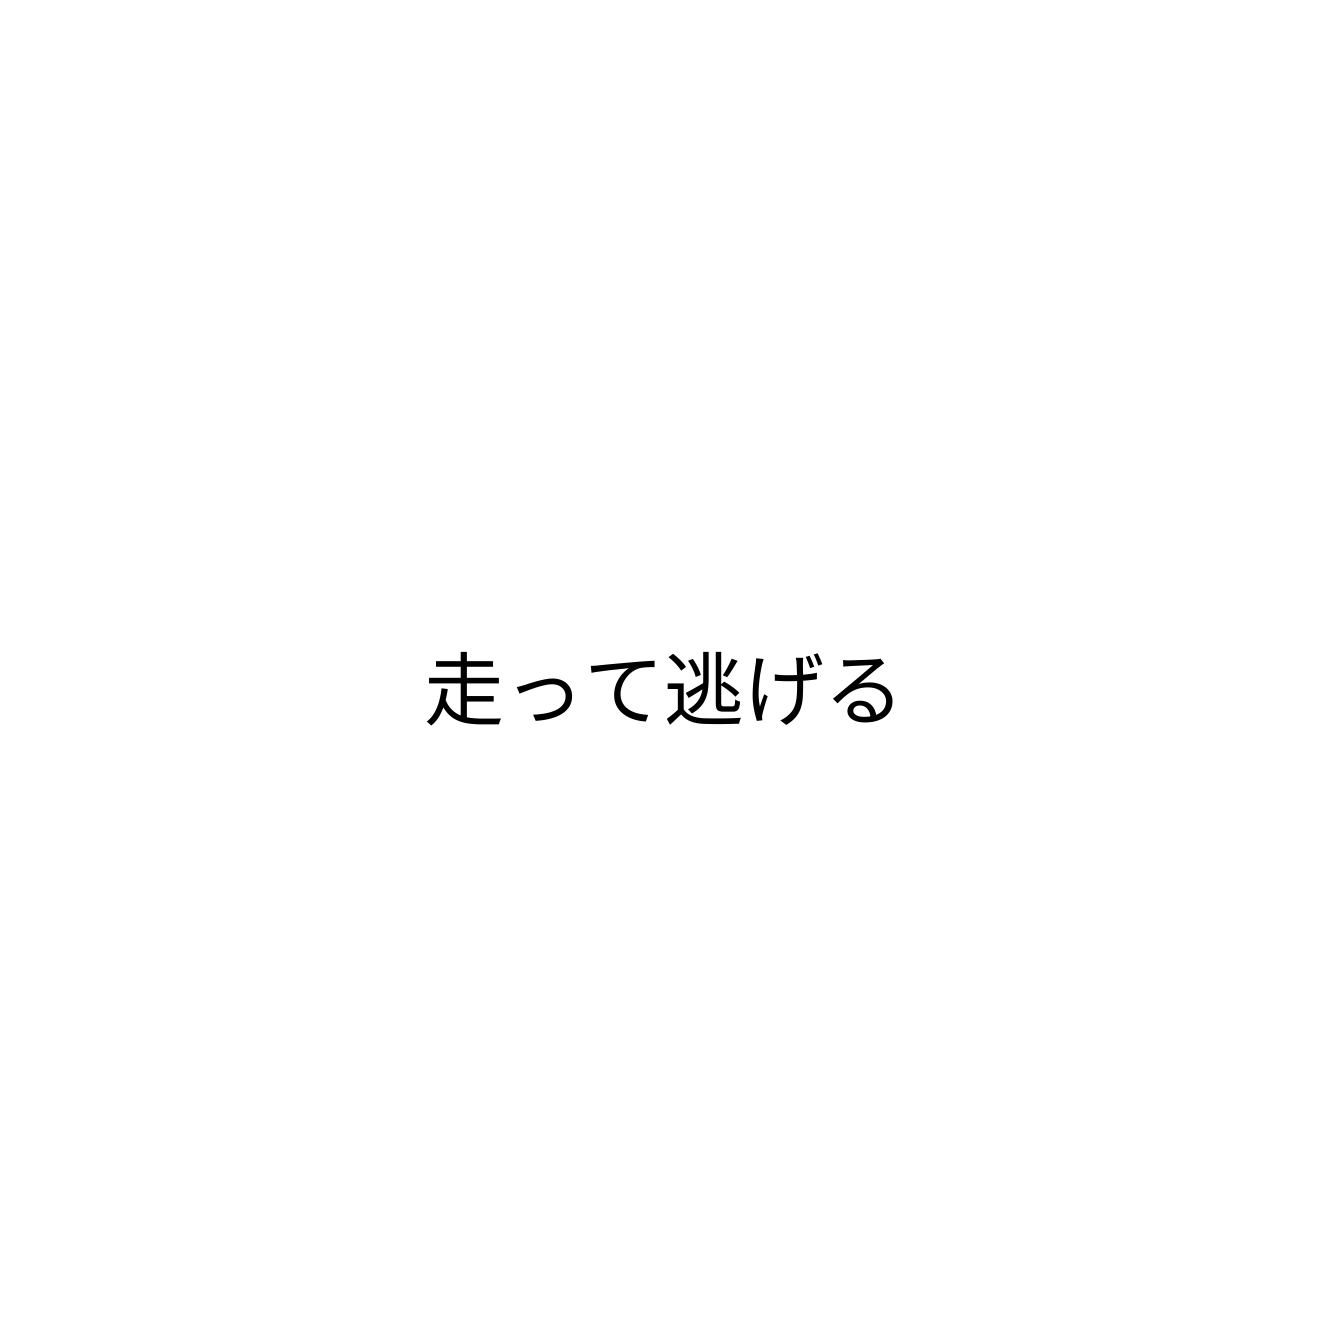
走って逃げる